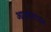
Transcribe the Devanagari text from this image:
आर्थनाउम